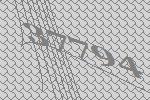
37794